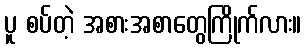
ပူ စပ်တဲ့ အစားအစာတွေကြိုက်လား။